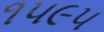
૧૫૯૫